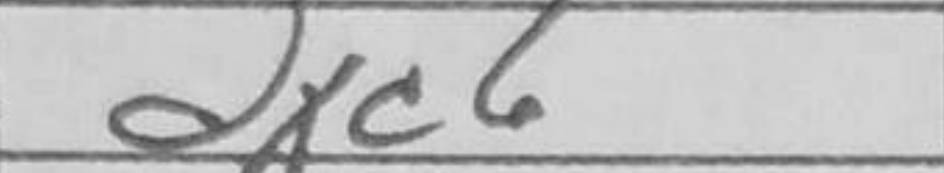
Transcription: dxc6